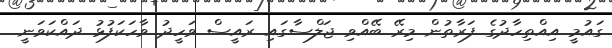
ގައުމީ އިއްތިހާދުގެ ފަރާތުން މިރޭ ބޭއްވި ޖަލްސާގައި ރައީސް ވަހީދު ވާހަކަފުޅު ދައްކަވަނީ